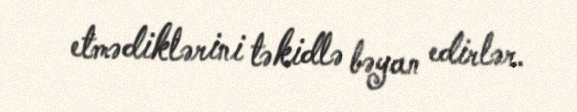
etmədiklərini təkidlə bəyan edirlər.